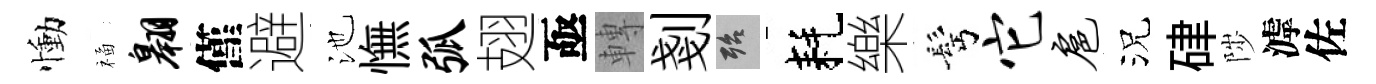
慟福翱僅避池憮弧翅亟轉剗殆耗樂髩它扈況硉陟滹佐